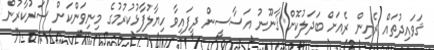
ޤަވައިދުތައް ރެއިން ރެއަށް ބަދަލުކޮށް ޤާނޫނު އަސާސީން ދީފައިވާ ހިޔާލުފާޅުކުރުމުގެ މިނިވަންކަން ސަރުކާރުން